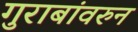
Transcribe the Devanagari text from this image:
गुराबांवरुन